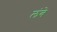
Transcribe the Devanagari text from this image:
लंबे